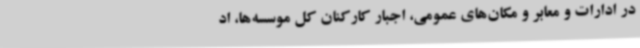
در ادارات و معابر و مکان‌های عمومی، اجبار کارکنان کل موسسه‌ها، اد